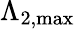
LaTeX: \Lambda_{\mathrm{{2,\mathrm{{max}}}}}